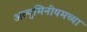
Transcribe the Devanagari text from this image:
अल्युमिनीयमच्या